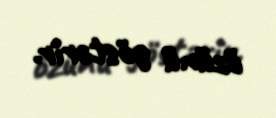
özünü göstərir.